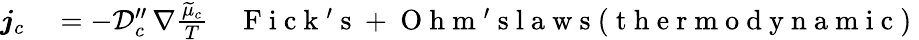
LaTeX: \begin{array}{rlr}{\boldsymbol{j}_{c}}&{{}=-\mathcal{D}_{c}^{\prime\prime}\, \nabla\frac{\widetilde{\mu}_{c}}{T}}&{\mathrm{~F~i~c~k~'~s~+~O~h~m~'~s~l~a~w~s~(~t~h~e~r~m~o~d~y~n~a~m~i~c~)~}}\end{array}